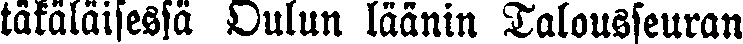
täkäläisessä Oulun läänin Talousseuran